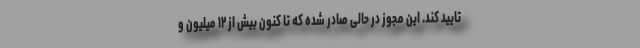
تایید کند. این مجوز در حالی صادر شده که تا کنون بیش از ۱۲ میلیون و